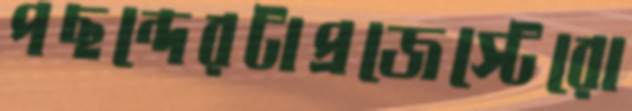
পছন্দেরটাপ্রজেস্টেরো